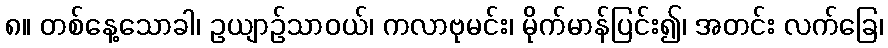
၈။ တစ်နေ့သောခါ၊ ဥယျာဉ်သာဝယ်၊ ကလာဗုမင်း၊ မိုက်မာန်ပြင်း၍၊ အတင်း လက်ခြေ၊